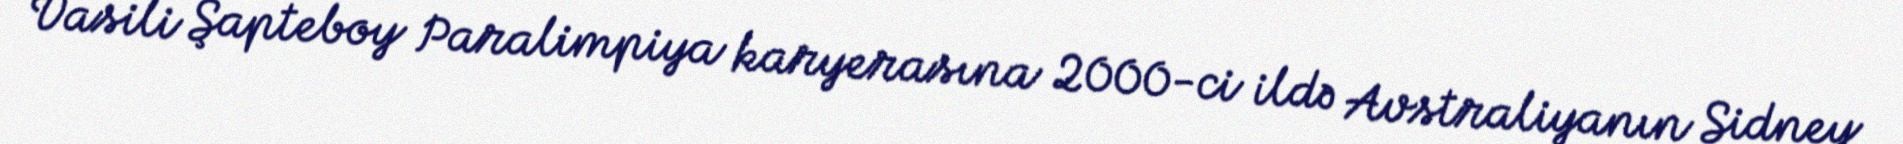
Vasili Şapteboy Paralimpiya karyerasına 2000-ci ildə Avstraliyanın Sidney